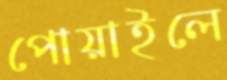
পোয়াইলে